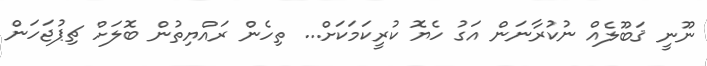
ނޫނީ ޤަބޫލެއް ނުކުރާނަން އަގު ހެޔޮ ކުރީކަމަކަށް... ތިހެން ރައްޔިތުން ބޮލަށް ޗިޕުޖަހަން